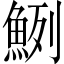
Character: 𩶽